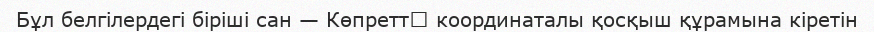
Бұл белгілердегі біріші сан — КөпреттӀ координаталы қосқыш құрамына кіретін